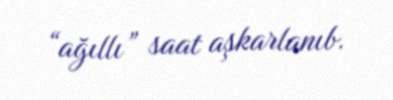
“ağıllı” saat aşkarlanıb.